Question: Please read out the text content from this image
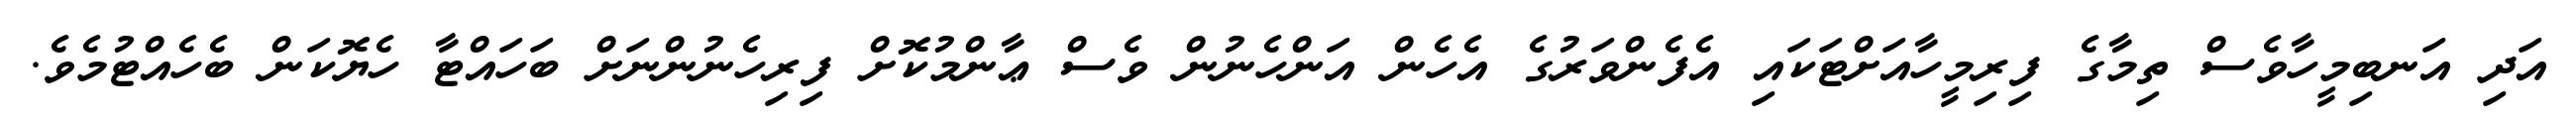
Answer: އަދި އަނބިމީހާވެސް ތިމާގެ ފިރިމީހާއަށްޓަކައި އެފެންވަރުގެ އެހެން އަންހެނުން ވެސް ޢާންމުކޮށް ފިރިހެނުންނަށް ބަހައްޓާ ހެޔޮކަން ބެހެއްޓުމެވެ.